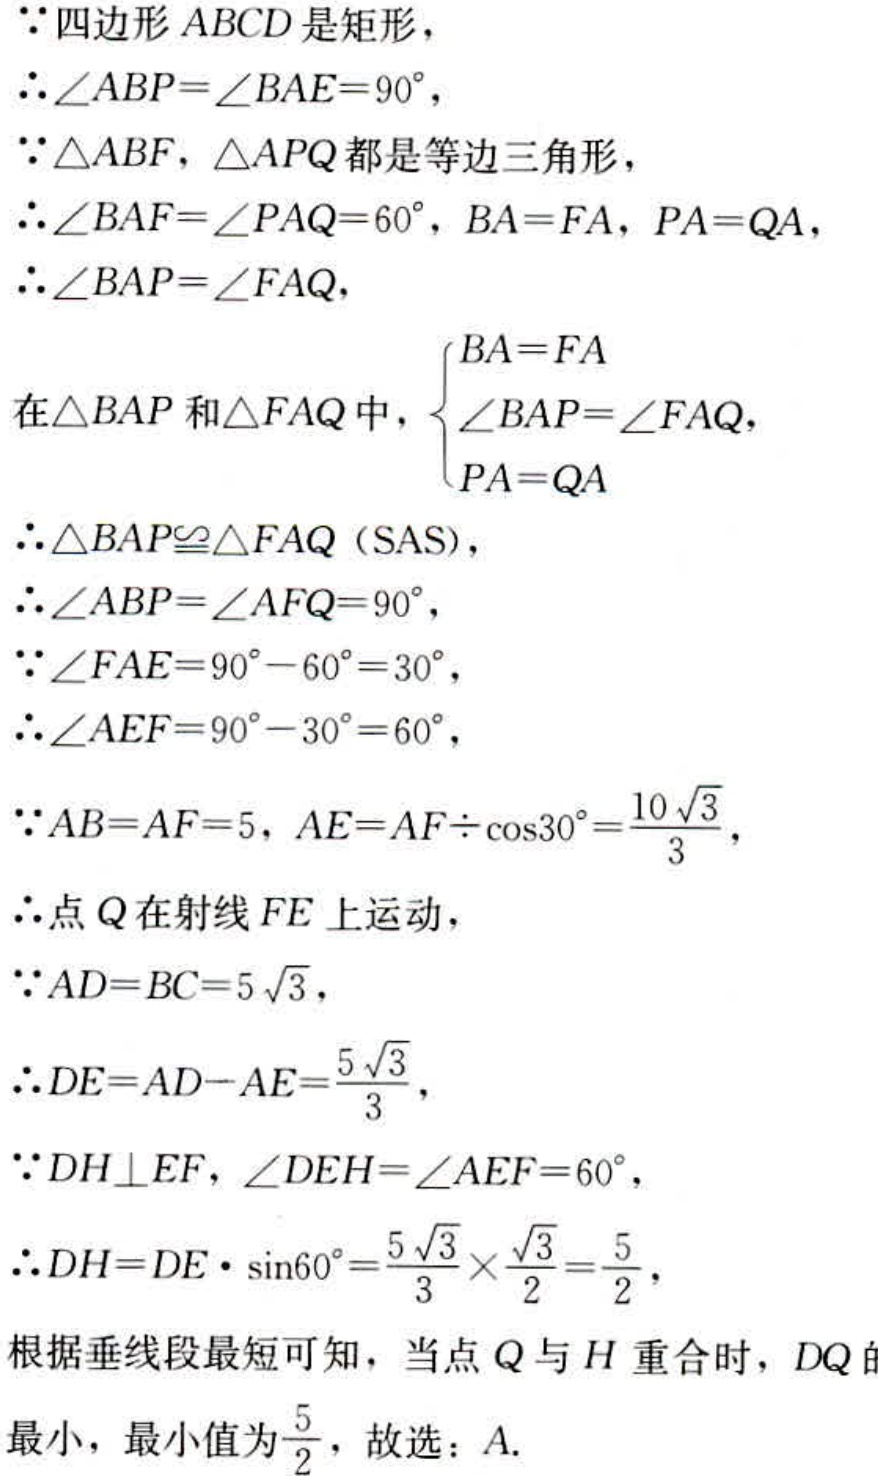
\(\because\)四边形\(ABCD\)是矩形，
\(\therefore\angle ABP = \angle BAE = 90^{\circ}\)，
\(\because\triangle ABF\)，\(\triangle APQ\)都是等边三角形，
\(\therefore\angle BAF = \angle PAQ = 60^{\circ}\)，\(BA = FA\)，\(PA = QA\)，
\(\therefore\angle BAP = \angle FAQ\)，
在\(\triangle BAP\)和\(\triangle FAQ\)中，\(\begin{cases}BA = FA\\\angle BAP = \angle FAQ\\PA = QA\end{cases}\)
\(\therefore\triangle BAP\cong\triangle FAQ\)（SAS），
\(\therefore\angle ABP = \angle AFQ = 90^{\circ}\)，
\(\because\angle FAE = 90^{\circ} - 60^{\circ} = 30^{\circ}\)，
\(\therefore\angle AEF = 90^{\circ} - 30^{\circ} = 60^{\circ}\)，
\(\because AB = AF = 5\)，\(AE = AF\div\cos30^{\circ}=\frac{10\sqrt{3}}{3}\)，
\(\therefore\)点\(Q\)在射线\(FE\)上运动，
\(\because AD = BC = 5\sqrt{3}\)，
\(\therefore DE = AD - AE=\frac{5\sqrt{3}}{3}\)，
\(\because DH\perp EF\)，\(\angle DEH = \angle AEF = 60^{\circ}\)，
\(\therefore DH = DE\cdot\sin60^{\circ}=\frac{5\sqrt{3}}{3}\times\frac{\sqrt{3}}{2}=\frac{5}{2}\)，
根据垂线段最短可知，当点\(Q\)与\(H\)重合时，\(DQ\)最小，最小值为\(\frac{5}{2}\)，故选：A.